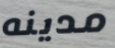
مدينه